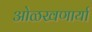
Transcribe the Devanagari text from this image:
ओळखणार्या